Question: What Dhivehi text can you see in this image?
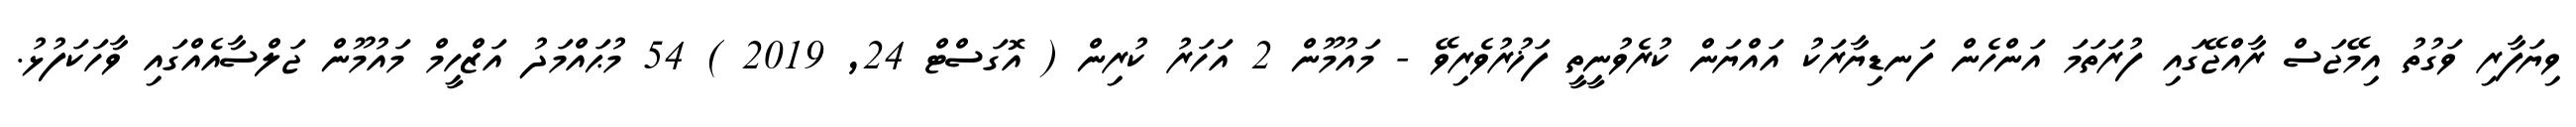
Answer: ވިޔަފާރި ވަގުތު އިމޭޖަސް ރާއްޖޭގައި ފުރަތަމަ އަންހެން ފަނޑިޔާރަކު އައްޔަން ކުރެވުނީތީ ފަޚުރުވެރިވޭ - މައުމޫން 2 އަހަރު ކުރިން ( އޮގަސްޓް 24, 2019 ) 54 މުޙައްމަދު އަޒްހީމް މައުމޫން ޖަލްސާއެއްގައި ވާހަކަފުޅު.